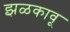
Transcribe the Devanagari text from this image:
झळकावू